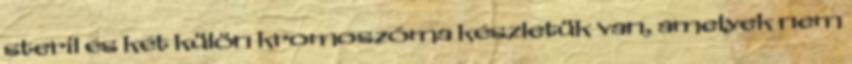
steril és két külön kromoszóma készletük van, amelyek nem